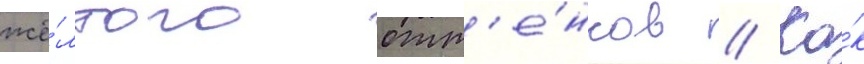
жё́лтого отт'е́нков // Ка́к